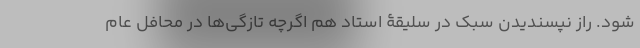
شود. راز نپسندیدن سبک در سلیقۀ استاد هم اگرچه تازگی‌ها در محافل عام